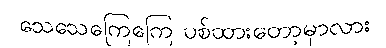
သေသေကြေကြေ ပစ်ထားတော့မှာလား